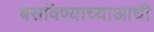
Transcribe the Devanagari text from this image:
बसविण्याच्याआधी